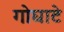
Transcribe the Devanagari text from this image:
गोघाटे